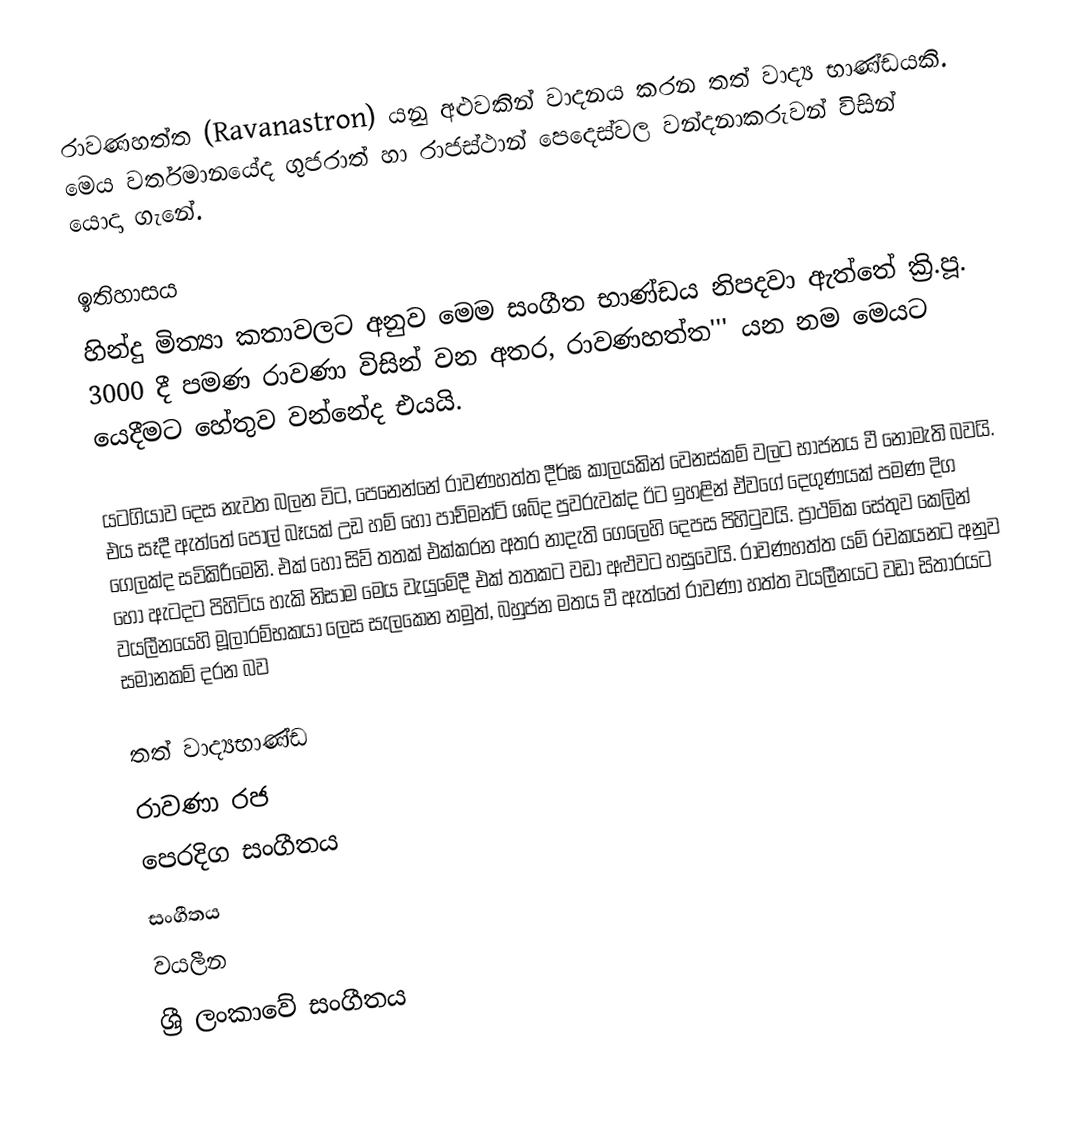
රාවණහත්ත (Ravanastron) යනු අළුවකින් වාදනය කරන තත් වාද්‍ය භාණ්ඩයකි. මෙය වර්තමානයේද  ගුජරාත් හා රාජස්ථාන් පෙදෙස්වල වන්දනාකරුවන් විසින් යොදා ගැනේ.

ඉතිහාසය
හින්දු මිත්‍යා කතාවලට අනුව මෙම සංගීත භාණ්ඩය නිපදවා ඇත්තේ ක්‍රි.පූ. 3000 දී පමණ රාවණා විසින් වන අතර, රාවණහත්ත''' යන නම මෙයට යෙදීමට හේතුව වන්නේද එයයි.

යටගියාව දෙස නැවත බලන විට, පෙනෙන්නේ රාවණහත්ත දීර්ඝ කාලයකින් වෙනස්කම් වලට භාජනය වී නොමැති බවයි. එය සෑදී ඇත්තේ පොල් බෑයක් උඩ හම් හෝ පාච්මන්ට් ශබ්ද පුවරුවක්ද ඊට ඉහළින් ඒවගේ දෙගුණයක් පමණ දිග ගෙලක්ද සවිකිරීමෙනි. එක් හෝ සිව් තතක් එක්කරන අතර නාදැති ගෙලෙහි දෙපස පිහිටුවයි. ප්‍රාථමික සේතුව කෙලින් හෝ ඇටදට පිහිටිය හැකි නිසාම මෙය වැයුමේදී එක් තතකට වඩා අළුවට හසුවෙයි. රාවණහත්ත යම් රචකයනට අනුව වයලීනයෙහි මූලාරම්භකයා ලෙස සැලකෙන නමුත්, බහුජන මතය වී ඇත්තේ රාවණා හත්ත වයලීනයට වඩා සිතාරයට සමානකම් දරන බව

තත් වාද්‍යභාණ්ඩ
රාවණා රජ
පෙරදිග සංගීතය
සංගීතය
වයලීන
ශ්‍රී ලංකාවේ සංගීතය